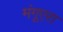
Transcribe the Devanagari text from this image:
मंगूएरा